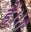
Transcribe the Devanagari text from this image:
हैं।।।